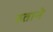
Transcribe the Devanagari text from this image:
हताने